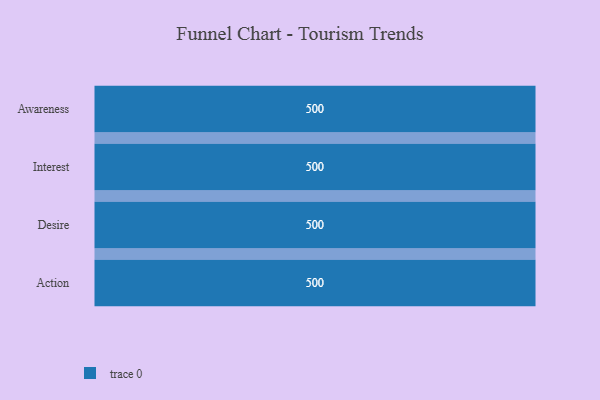
{"axis": {"x": "Stage", "y": "Value"}, "legend": [""], "data": [{"x": "Awareness", "y": 500, "type": ""}, {"x": "Interest", "y": 500, "type": ""}, {"x": "Desire", "y": 500, "type": ""}, {"x": "Action", "y": 500, "type": ""}]}